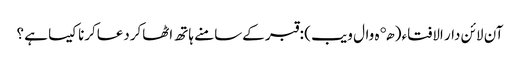
آن لائن دار الافتاء ( هډه وال ویب )‏ : قبر کےسامنے ہاتھ اٹھاکردعاکرنا کیسا ہے ؟